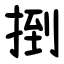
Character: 捯